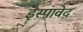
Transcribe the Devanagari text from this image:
इस्पावेद